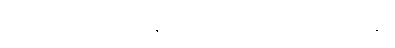
သည်။ ပဋိလီယတိ။ တွန့်၏။ ပဋိကုဋတိ၊ ၏။ ပဋိဝတ္တတိ၊ ၏။